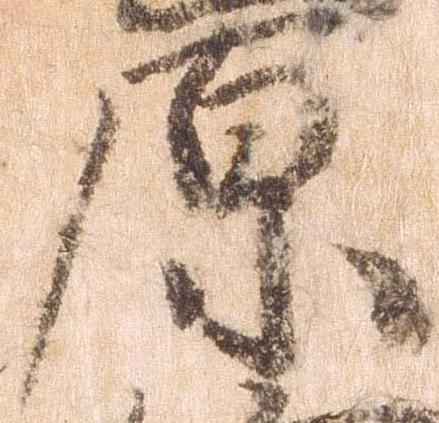
原